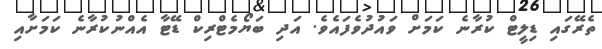
ތެރޭގައި ޑިލީޓް ކުރާނެ ކަމަށް ވައުދުވެފައެވެ. އަދި ބަޔޯމެޓްރިކް ޑޭޓާ އެއްނުކުރާނެ ކަމަށާއި